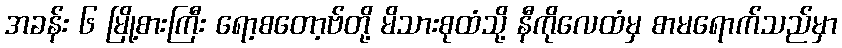
အခန်း ၆ မြို့စားကြီး ရော့စတော့ဗ်တို့ မိသားစုထံသို့ နီကိုလေထံမှ စာမရောက်သည်မှာ